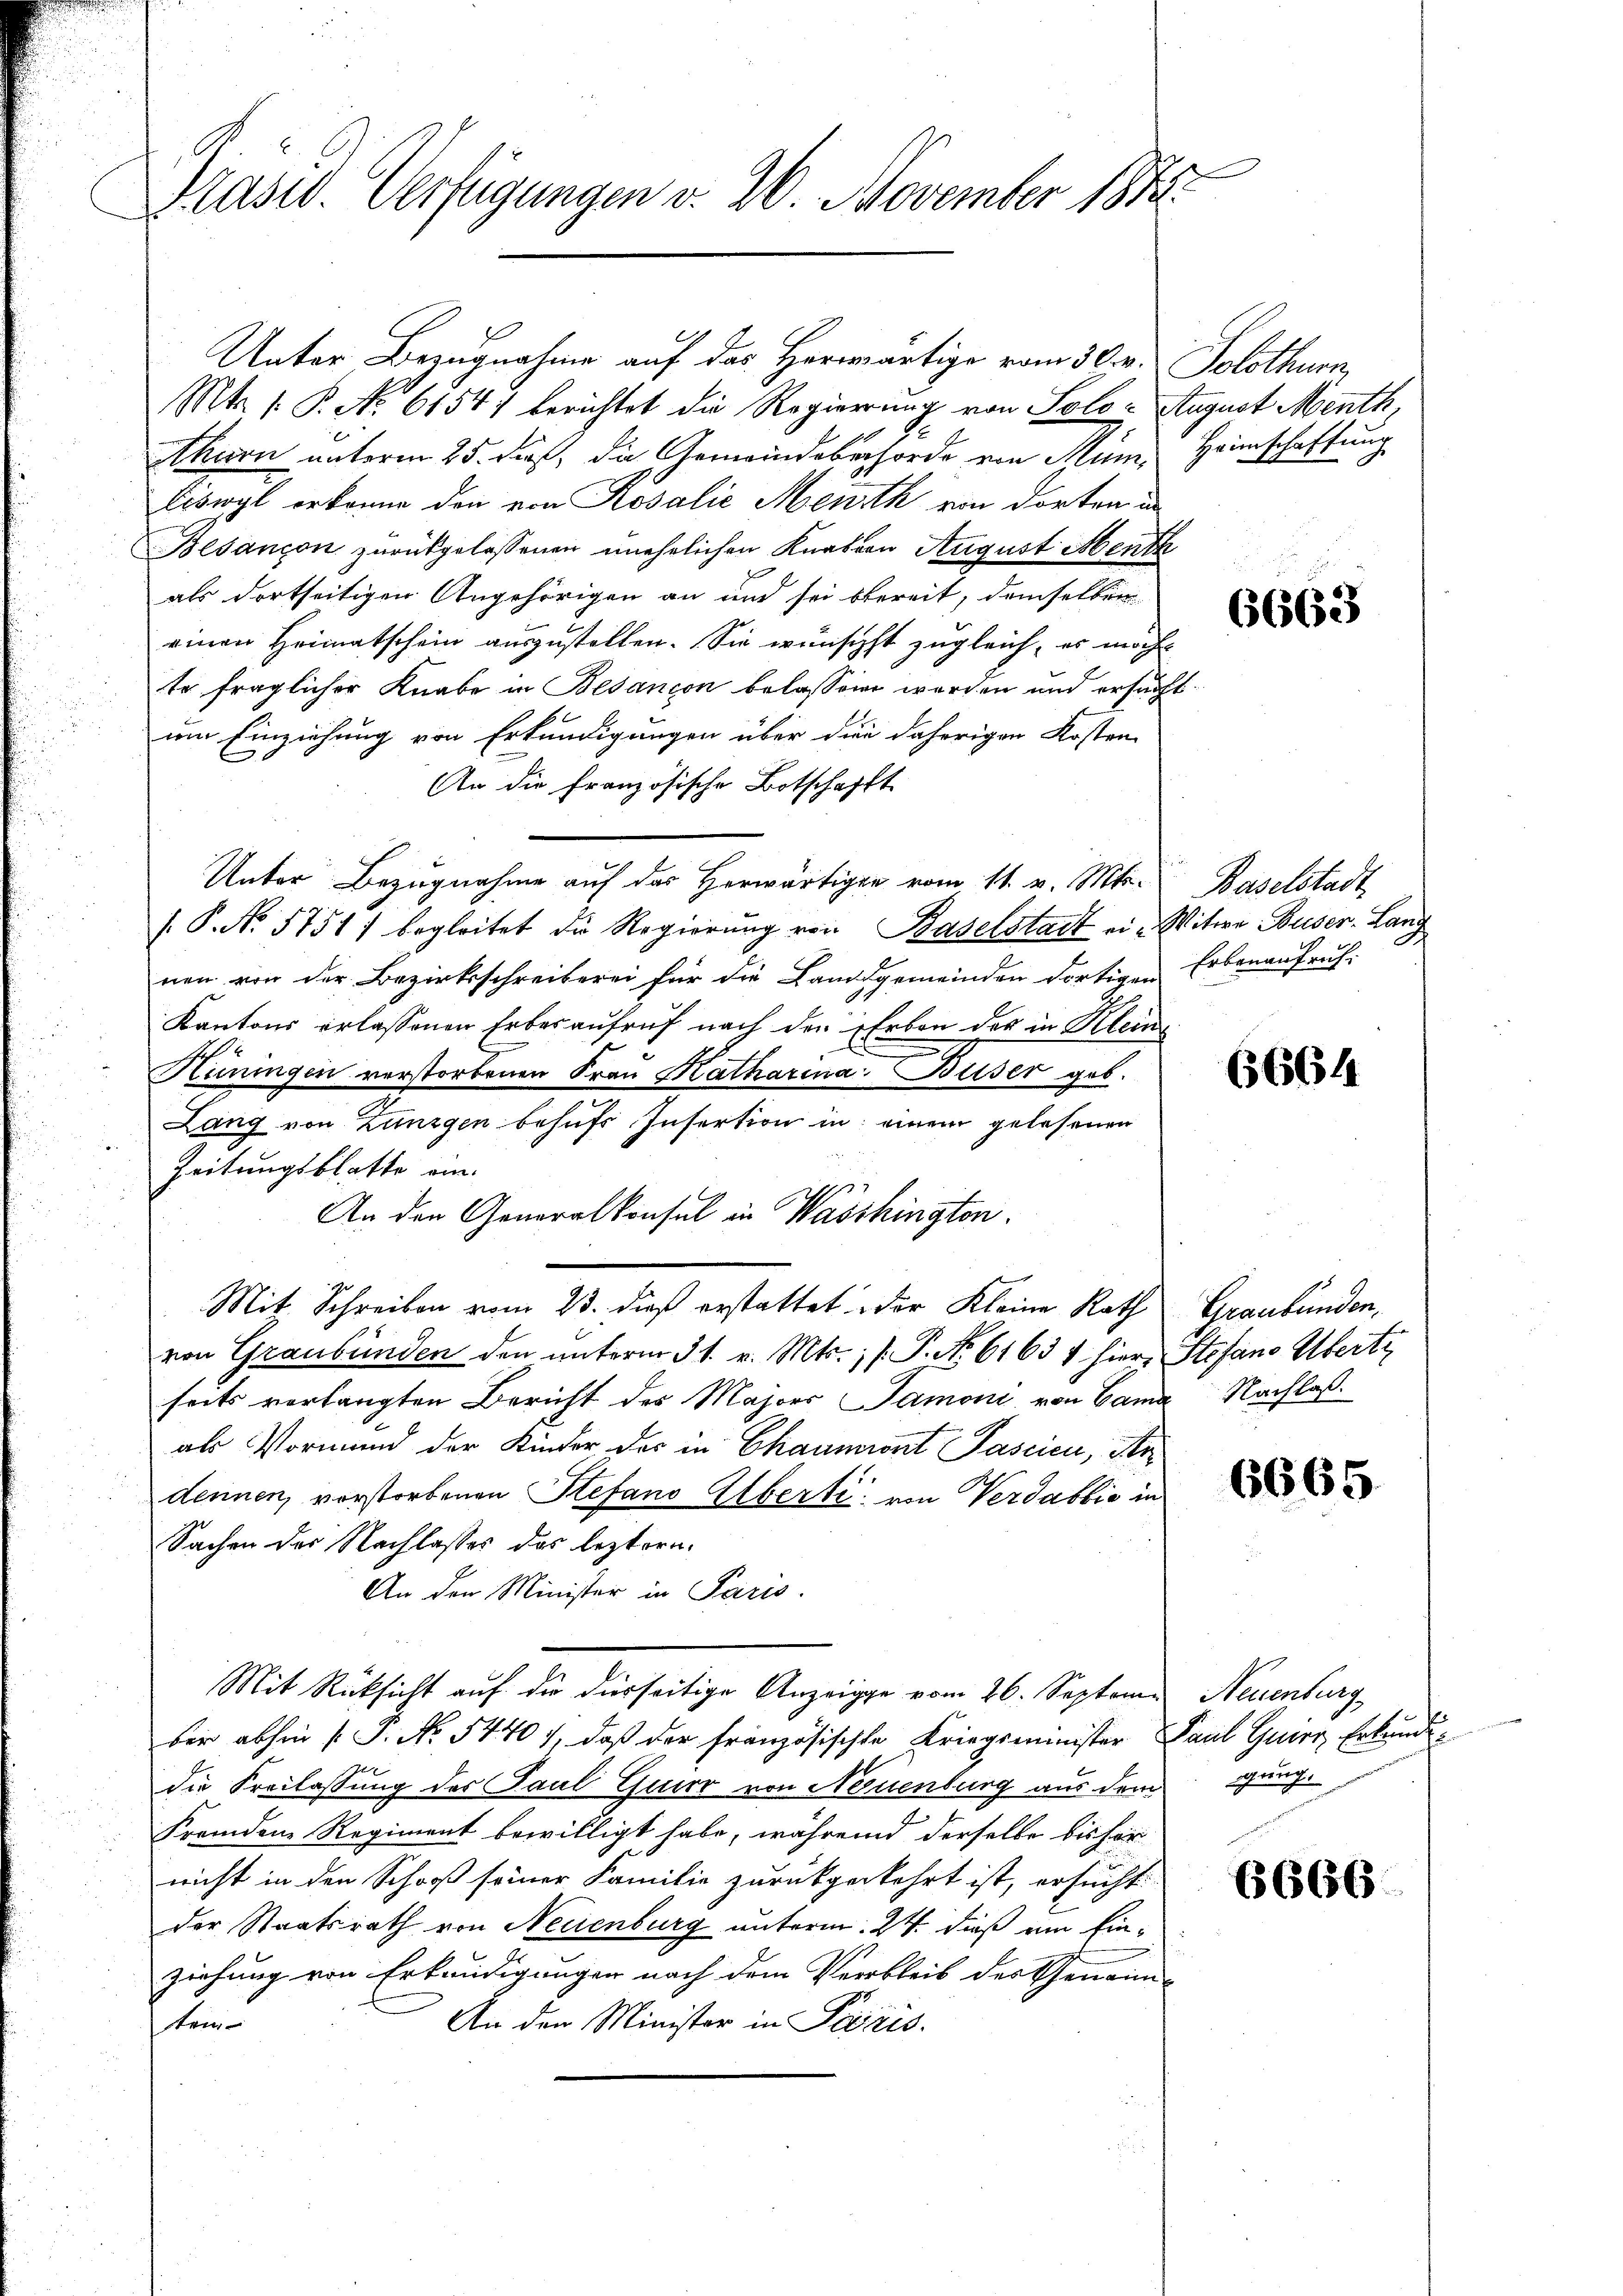
Präsid. Verfügungen v. 26. November 1847.

Unter Bezugnahme auf das Herwärtige vom 30. Solothurn,
Mt. 1. P. No. 61547 berichtet die Regierung von Solo- August Menth,
Ahorn unterm 25. dieß, die Gemeindebehörde von Mum, Heimschaftung
Eiswyl erkenne den von Rosalie Menth von dorten un
Besançon zurückgelassenen unehelichen Knaben August Menth
als dortseitigen Angehörigen an und sei bereit, demselben
einen Heimatschein auszustellen. Sie wünschst zugleich, es möcht
te fraglicher Knabe in Bedancon belassen werden und ersucht
um Einziehung von Erkundigungen über die daherigen Kosten-
An die französische Botschafft
Unter Bezugnahme auf das Herwärtigen vom 11. v. Mts. Baselstadt
/. P. No. 5751) begleitet die Regierŭng von Baselstadt ein Witwe Buser-Lang
nen von der Bezirksschreiberei für die Landgemeinden dortigen Erbenaufruf-
Kantons erlassenen Erbesaufruf nach den Erben der in Kleine
Hüningen verstorbenen Frau Katharina Beiser geb.
Lang von Zünzgen behufs Insertion in einem gelesenen
Zeitungsblatte am
An den Generalkonsul in Wasshington.
Mit Schreiben vom 23. dieß erstattet der Kleine Rath Graubünden,
von Graubünden den unterm 31. v. Mts., /: P. No 61634 hier, Stefano Übertr
seits verlangten Bericht des Majors Samoni von Cama Nachlaßals Vormund der Kinder der in Chaumront Pascien, der
dennen, vorstorbenen Stefano Alberte von Verdabbia in
Sachen der Nachlasses das leztern.
An den Minister in Paris.
Mit Rücksicht auf die derseitige Anzeige vom 26. Septome Neuenburg
ber abhin  P. No. 5440), daß der französischte Kriegsminister Paul Guirr Erkundig
die Seelassung des Paul Gier von Neuenburg aus dem
Fremdene Regiment bewilligt habe, während derselbe bis her-
nicht in den Schooß seiner Familie zurückgekehrt ist, ersucht:
der Staatsrath von Neuenburg unterm 24. dieß am Einziehung von Erkundigungen nach dem Verbleib des Gemein-
An den Minister in Paris.
tem

6663

6664

6665

gung.

6666